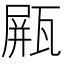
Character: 𤭸